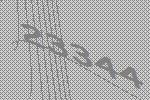
23344